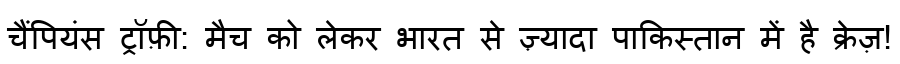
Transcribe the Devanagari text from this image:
चैंपियंस ट्रॉफ़ी: मैच को लेकर भारत से ज़्यादा पाकिस्तान में है क्रेज़!